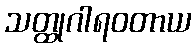
သတ္ထုဂါရဝတာယ